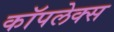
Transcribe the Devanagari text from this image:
कॉपलेक्स